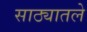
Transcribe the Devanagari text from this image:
साठ्यातले